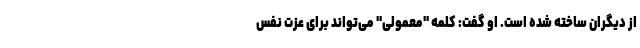
از دیگران ساخته شده است. او گفت: کلمه "معمولی" می‌تواند برای عزت نفس